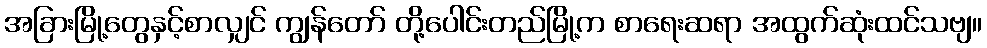
အခြားမြို့တွေနှင့်စာလျှင် ကျွန်တော် တို့ပေါင်းတည်မြို့က စာရေးဆရာ အထွက်ဆုံးထင်သဗျ။